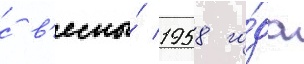
с в'есны́ 1958 го́да